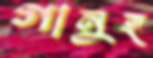
গানুহ